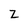
Character: z